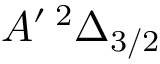
A ^ { \prime } \, ^ { 2 } \Delta _ { 3 / 2 }